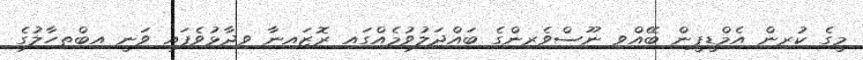
މީގެ ކުރިން އެމްޑީޕީން ބޭއްވި ނޫސްވެރިންގެ ބައްދަލުވުމެއްގައި ރޮޒައިނާ ވިދާޅުވެފައި ވަނީ އިބްތިހާލުގެ